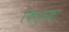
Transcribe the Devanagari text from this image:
फिल्मका